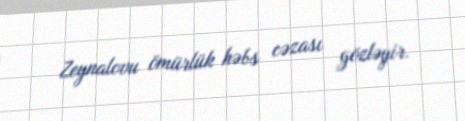
Zeynalovu ömürlük həbs cəzası gözləyir.